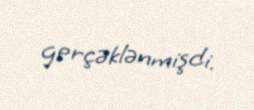
gerçəklənmişdi.